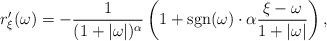
LaTeX: \begin{align*}r^{\prime}_{\xi}(\omega) = -\frac{1}{(1 + |\omega |)^{\alpha}}\left( 1 + \mbox{sgn}(\omega)\cdot \alpha \frac{\xi - \omega}{1 + |\omega |} \right),\end{align*}